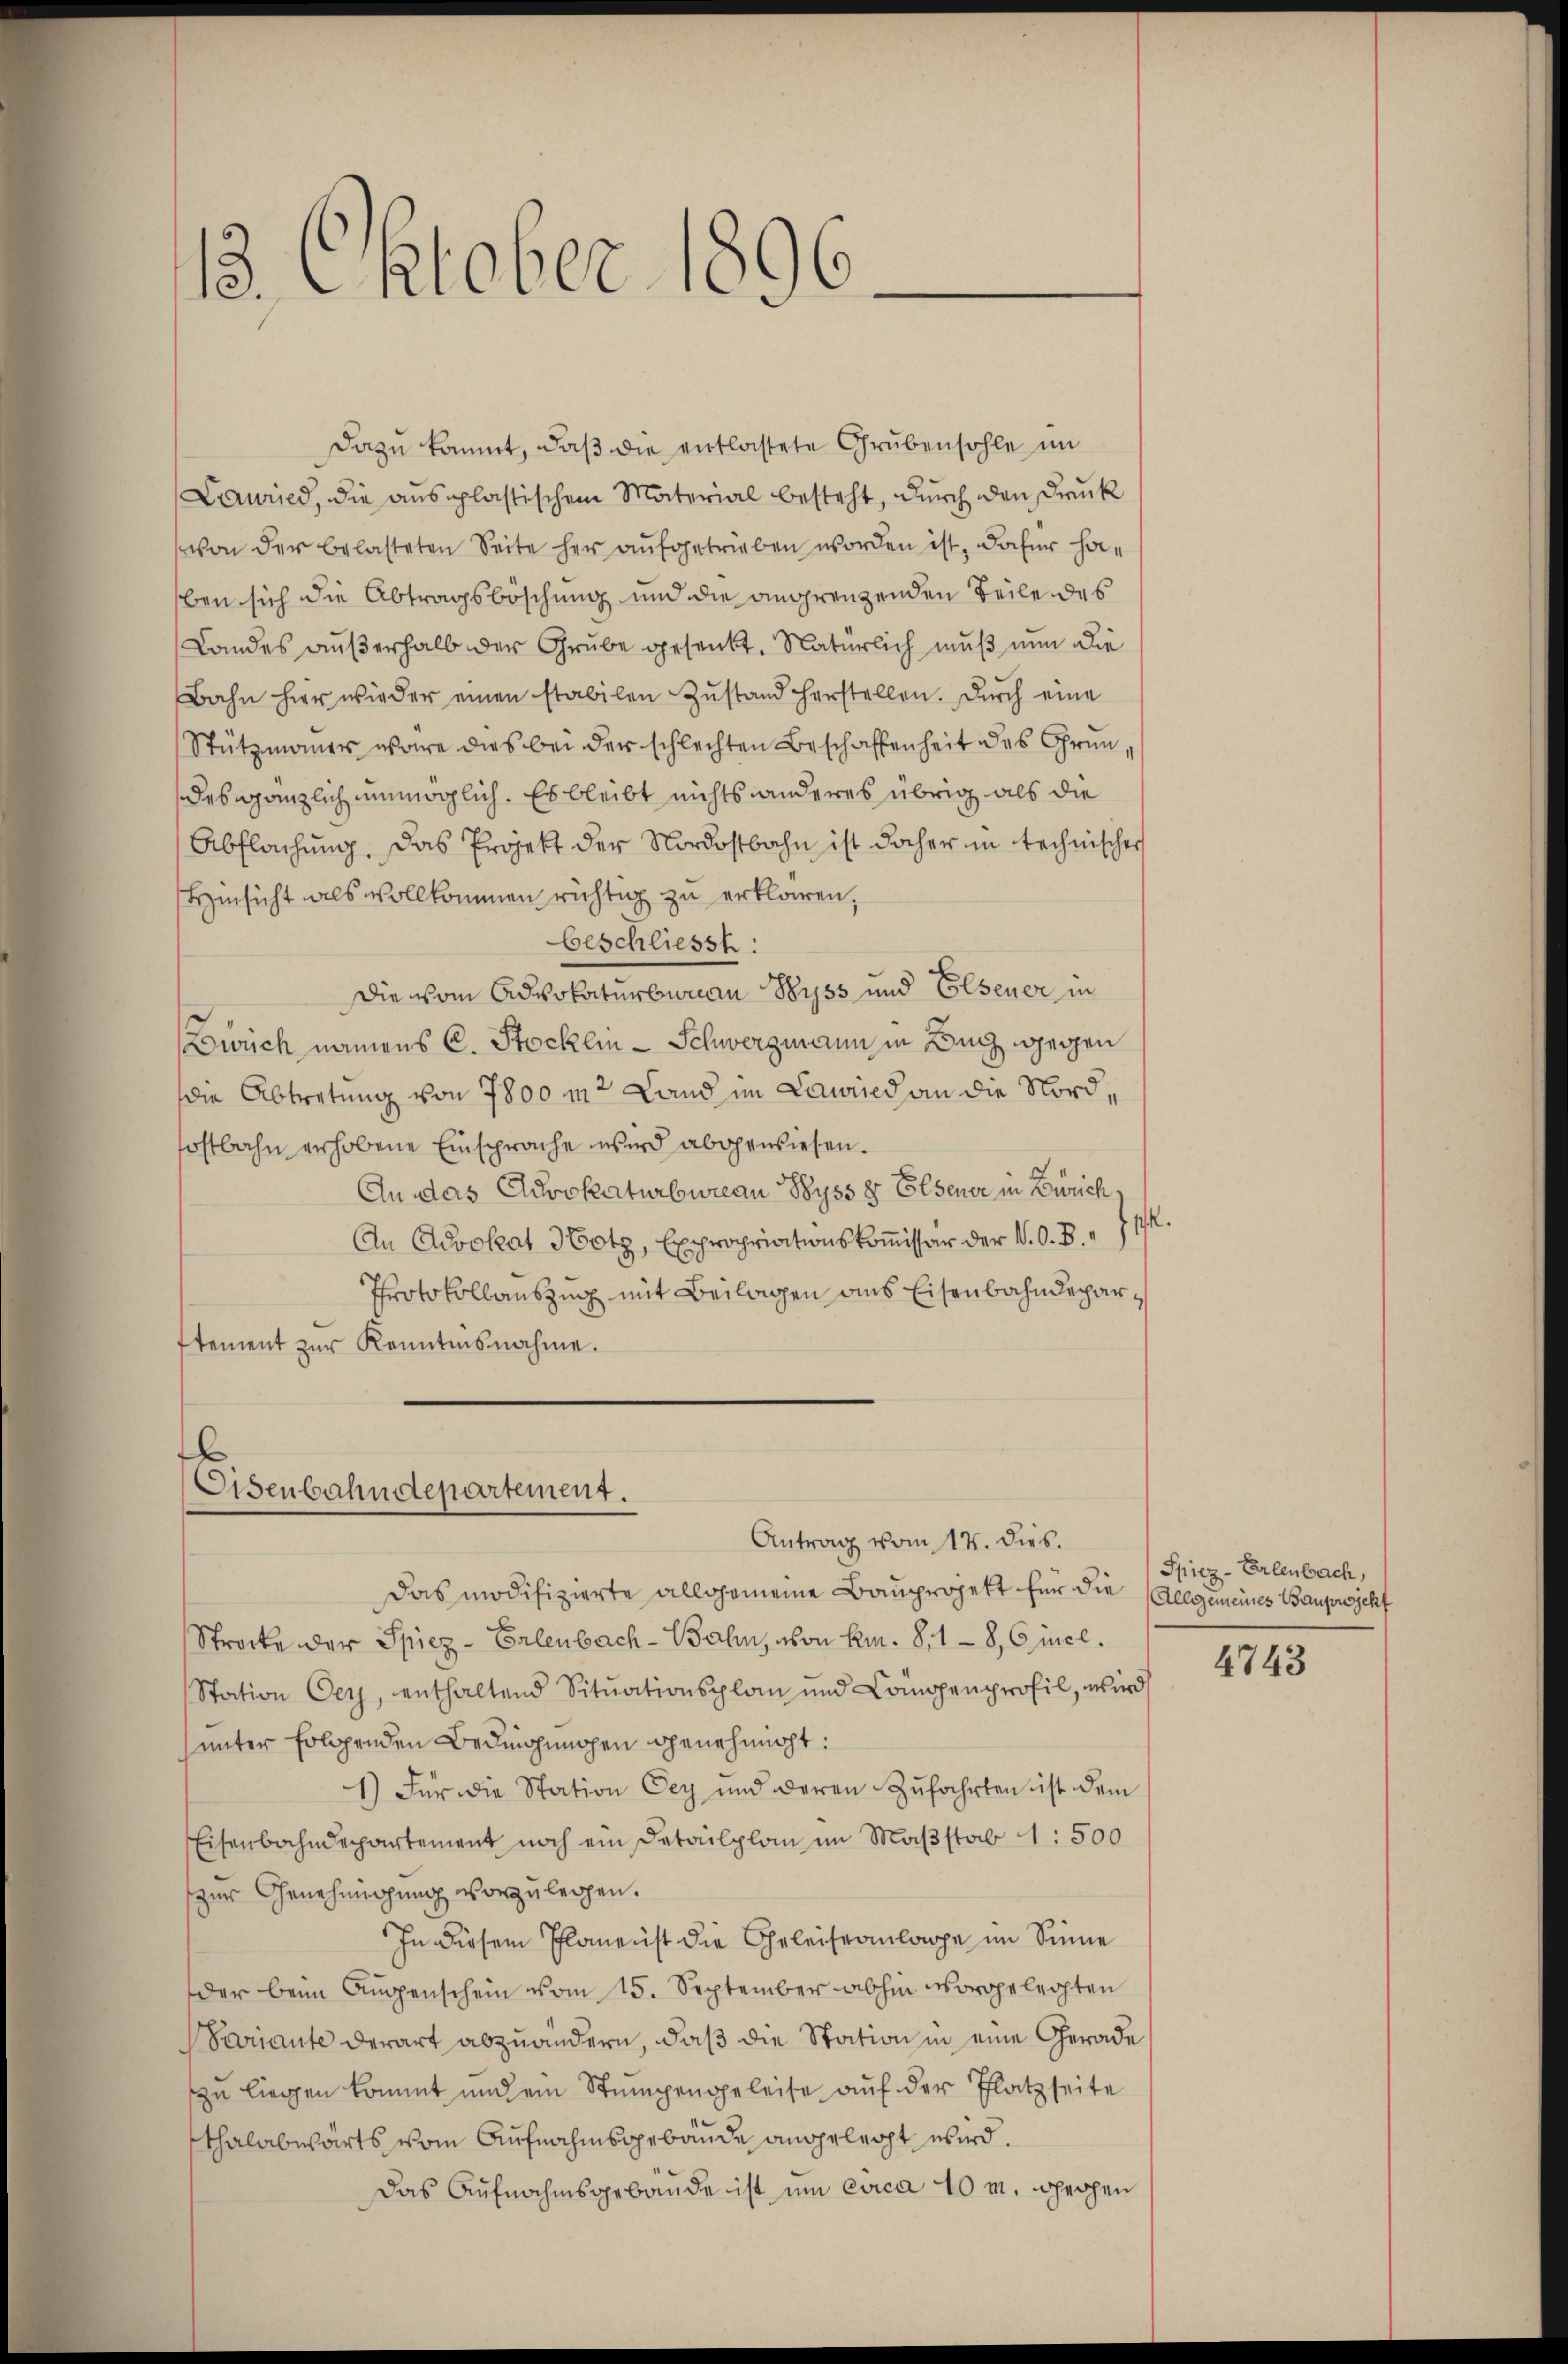
13. Oktober 1896.

Dazu kommt, daß die entlastete Grubensohle im
Lauried, die ausplastischem Material besteht, durch den Druck
von der belasteten Seite her aufgetrieben worden ist, dafür haben sich die Abtragsböschung und die angrenzenden Teile des
Landes außerhalb der Grube gesenkt. Natürlich muß nun die
Bahn hier wieder einen stabilen Zustand herstellen. Durch eine
Stützmauer wäre dies bei der schlechten Beschaffenheit des Grundes gänzlich unmöglich. Es bleibt nichts anderes übrig als die
Abflachung. Das Projekt der Nordostbahn ist daher in technischer
Hinsicht als vollkommen richtig zu erklären,
beschliesst:
Die vom Advokaturbureau Byss und Elsener in
Zürich, namens C. Stocklin - Schwerzmann in Buch gegen
die Abtretung von 7800 m2 Land im Lawied an die Nordostbahn erhobene Einsprache wird abgewiesen.
e
An das Cluvokaturbureau Byss 8 Elsener in Zürich¬
An Advokat Hotz, Expropriationskoṁissär der V. O. B. " 717.
Protokollauszug mit Beilagen aus Eisenbahndeparstement zur Kenntnisnahme.

l
Eisenbahndepartement.
Antrag vom 17. dies.

Das modifizierte allgemeine Bauprojekt für die Allgemeines Bauprjehf
Strocke der Spiez- Erlenbach-Bahn, von Em. 81-8, 6 incl.
Station Cey, enthaltend Sitŭationsplan und Compenprofil, wird
unter folgenden Bedingungen genehmigt:
1) Für die Station Cey und deren Zufahrten ist dem
Eisenbahndepartement noch ein Detailplan im Maßstab 1: 500
zur Genehmigung vorzulegen.
In diesem Planenst die Geleiseanlage im Sinne
der beim Augenschein vom 15. September abhin vorgelegten
Variante derart abzuändern, daß die Station in eine Gerade
zu liegen kommt und ein Stumpengeleise auf der Platzseite
thalabwärts vom Aufnahmsgebäude angelegt wird.
Das Aufnahmsgebäude ist um circa 40 m, prochen

Spiez-Erlenbach,

4743